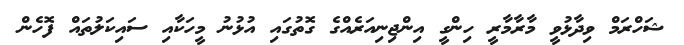
ޝަހްރަމް ވިދާޅުވީ މާރާމާރީ ހިންގީ އިންޖިނިއަރެއްގެ ގޮތުގައި އުޅުނު މީހަކާއި ސައިކަލުތައް ފޮހެން